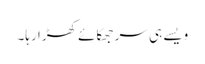
ویسے ہی سر جھکائے کھڑا رہا۔